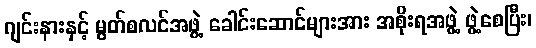
ဂျင်းနားနှင့် မွတ်စလင်အဖွဲ့ ခေါင်းဆောင်များအား အစိုးရအဖွဲ့ ဖွဲ့စေပြီး၊